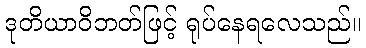
ဒုတိယာဝိဘတ်ဖြင့် ရုပ်နေရလေသည်။